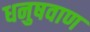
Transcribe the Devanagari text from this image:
धनुषवाण